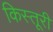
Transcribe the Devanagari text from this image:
किस्तूरी